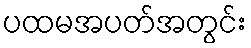
ပထမအပတ်အတွင်း